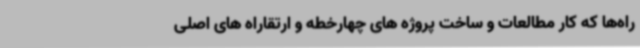
راه‌ها که کار مطالعات و ساخت پروژه های چهارخطه و ارتقاراه های اصلی